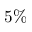
5 \%